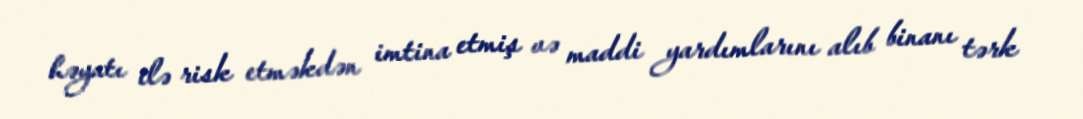
həyatı ilə risk etməkdən imtina etmiş və maddi yardımlarını alıb binanı tərk